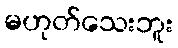
မဟုတ်သေးဘူး